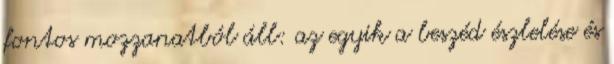
fontos mozzanatból áll: az egyik a beszéd észlelése és